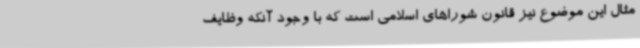
مثال این موضوع نیز قانون شوراهای اسلامی است که با وجود آنکه وظایف